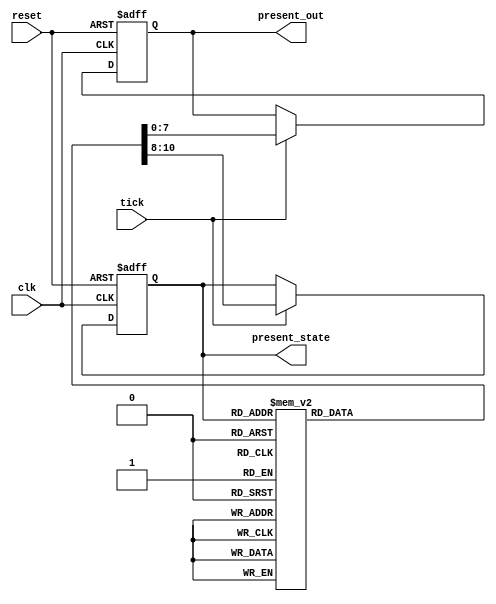
`timescale 1ns / 1ps
//****************************************************************// 
//                                                                // 
//  Created by Naoaki Takatsu on 02/12/2018.                      // 
//  Copyright  2018                                              //
//  Naoaki Takatsu. All rights reserved.                          // 
//                                                                // 
//                                                                // 
//  In submitting this file for class work at CSULB               // 
//  I am confirming that this is my work and the work             // 
//  of no one else. In submitting this code I acknowledge that    // 
//  plagiarism in student project work is subject to dismissal.   //  
//  from the class                                                // 
//****************************************************************//

module pixel_controller(clk, tick, reset, present_out, present_state);

        input            clk, tick, reset;
        output reg [7:0] present_out;
        output reg [2:0] present_state;
        
        reg [2:0]  next_state;
        reg [7:0] next_out;
        
        always @ (posedge clk, posedge reset)
           if (reset)
              {present_state, present_out} <= {3'b000, 8'b11111111}; 
           else 
              {present_state, present_out} <= {next_state, next_out};
                
        always @ (*)
        begin
           next_out   = present_out;
	        next_state = present_state;

	        if (tick)
              case(present_state)
                 3'b000: {next_state, next_out} = {3'b001, 8'b11111101};
                 3'b001: {next_state, next_out} = {3'b010, 8'b11111011};
                 3'b010: {next_state, next_out} = {3'b011, 8'b11110111};
                 3'b011: {next_state, next_out} = {3'b100, 8'b11101111};
                 3'b100: {next_state, next_out} = {3'b101, 8'b11011111};
                 3'b101: {next_state, next_out} = {3'b110, 8'b10111111};
                 3'b110: {next_state, next_out} = {3'b111, 8'b01111111};
                 3'b111: {next_state, next_out} = {3'b000, 8'b11111110};
                 endcase
                
        end

endmodule